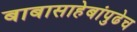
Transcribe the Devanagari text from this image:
बाबासाहेबांपुढेच